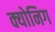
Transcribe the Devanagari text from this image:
क्योनिग